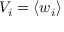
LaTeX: V _ { i } = \langle w _ { i } \rangle